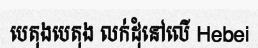
បេតុងបេតុង លក់ដុំនៅលើ Hebei